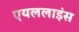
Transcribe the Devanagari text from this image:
एयललाइंस